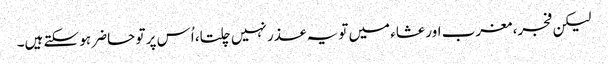
لیکن فجر، مغرب اور عشاء میں تو یہ عذر نہیں چلتا، اُس پر تو حاضر ہو سکتے ہیں۔